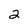
Character: 2